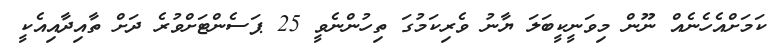
ކަމަށްއެހެނެއް ނޫން މިވަނީކީބަލަ ޔާނު ވެރިކަމުގަ ތިހުންނެވީ 25 ޕަސެންޓަށްވުރެ ދަށް ތާއިދާއިއެކީ